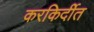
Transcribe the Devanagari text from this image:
करकिर्दीत